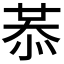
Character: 𢚈